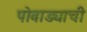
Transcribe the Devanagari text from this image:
पोवाड्याची